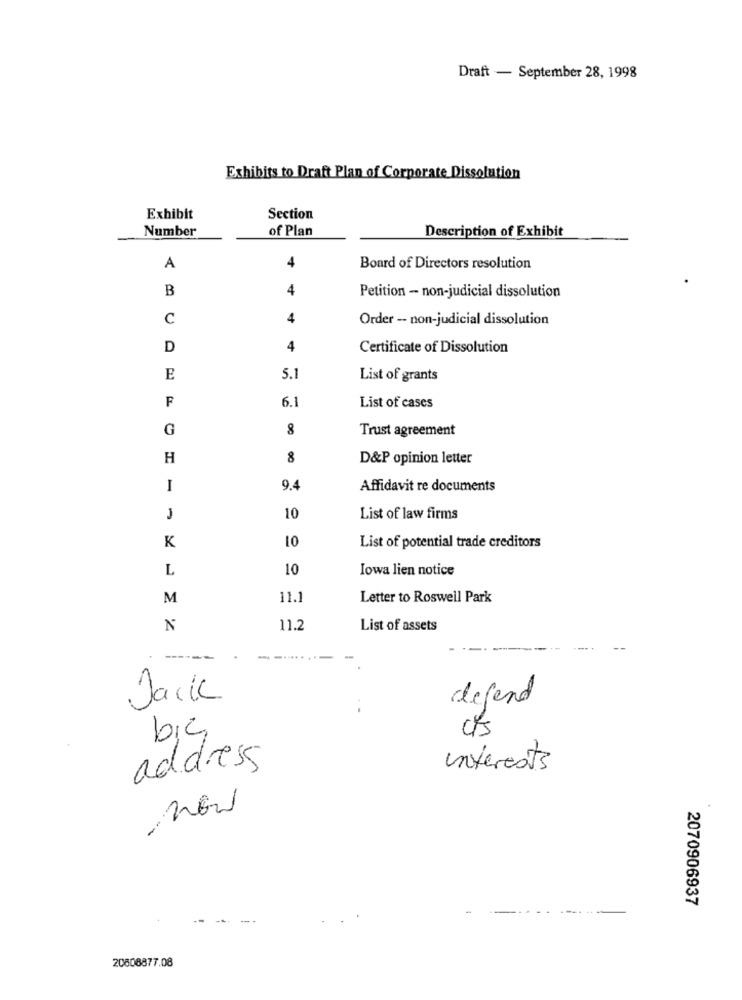
Draft - September 28, 1998
Exhibits to Draft Plan of Corporate Dissolution
Exhibit
Section
Number
of Plan
Description of Exhibit
A
4
Board of Directors resolution
B
4
Petition - non-judicial dissolution
C
4
Order -- non-judicial dissolution
D
4
Certificate of Dissolution
E
5.1
List of grants
F
6.1
List of cases
G
8
Trust agreement
H
8
D&P opinion letter
I
9.4
Affidavit re documents
10
List of law firms
K
10
List of potential trade creditors
L
10
Iowa lien notice
M
11.1
Letter to Roswell Park
N
11.2
List of assets
----
Jack
defend
bic
address
interests
2 .-
2070906937
20608877.08